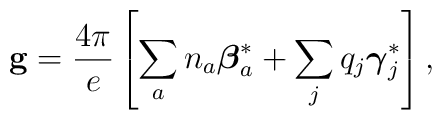
{\bf g} = {4\pi \over e} \left[\sum_{a} n_a {\mbox{\boldmath $\beta$}}_a^*          + \sum_{j} q_j {\mbox{\boldmath $\gamma$}}_j^* \right],